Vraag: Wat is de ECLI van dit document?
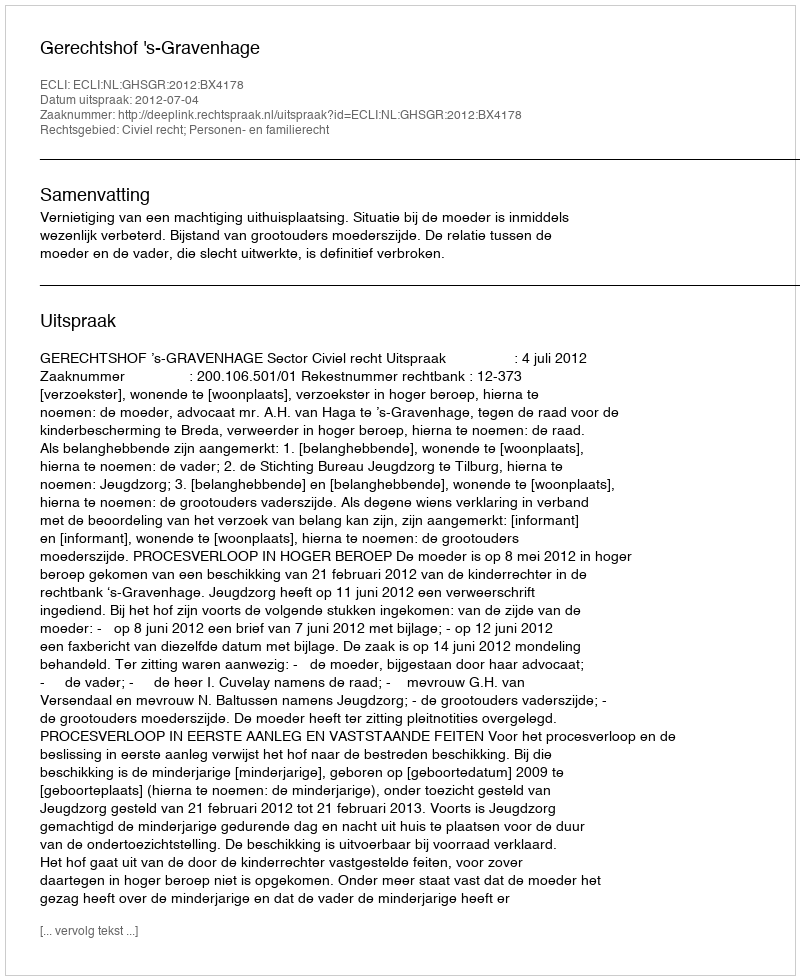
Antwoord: ECLI:NL:GHSGR:2012:BX4178